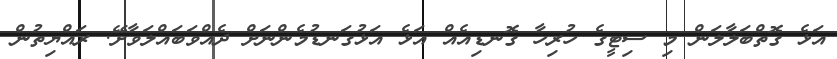
އަޅެ ގޮތްބަލާލަން މި ސިޓީގެ ހުރިހާ ގޮނޑިއެއް އަޅެ އަޅުގަނޑުމެންނަށް ދެއްވަބައްލަވާށޭ. ރައްޔިތުން